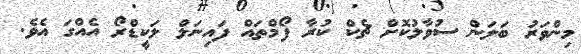
މިންވަރު ބަލަން ސުވާލުކޮށް ޗެކް ކުރާ ފޯމްތައް ފައިނަލް ލަކީޑްރޯ އެއްގަ އެވެ.